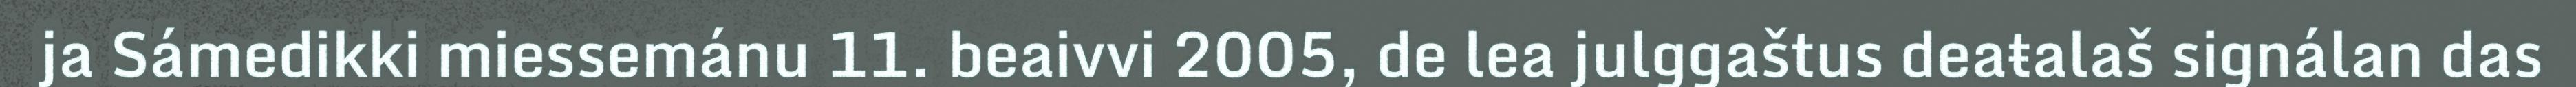
ja Sámedikki miessemánu 11. beaivvi 2005, de lea julggaštus deaŧalaš signálan das